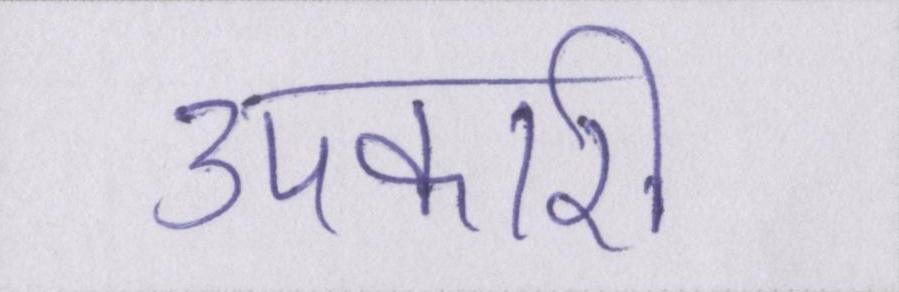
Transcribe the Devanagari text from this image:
उपकारी